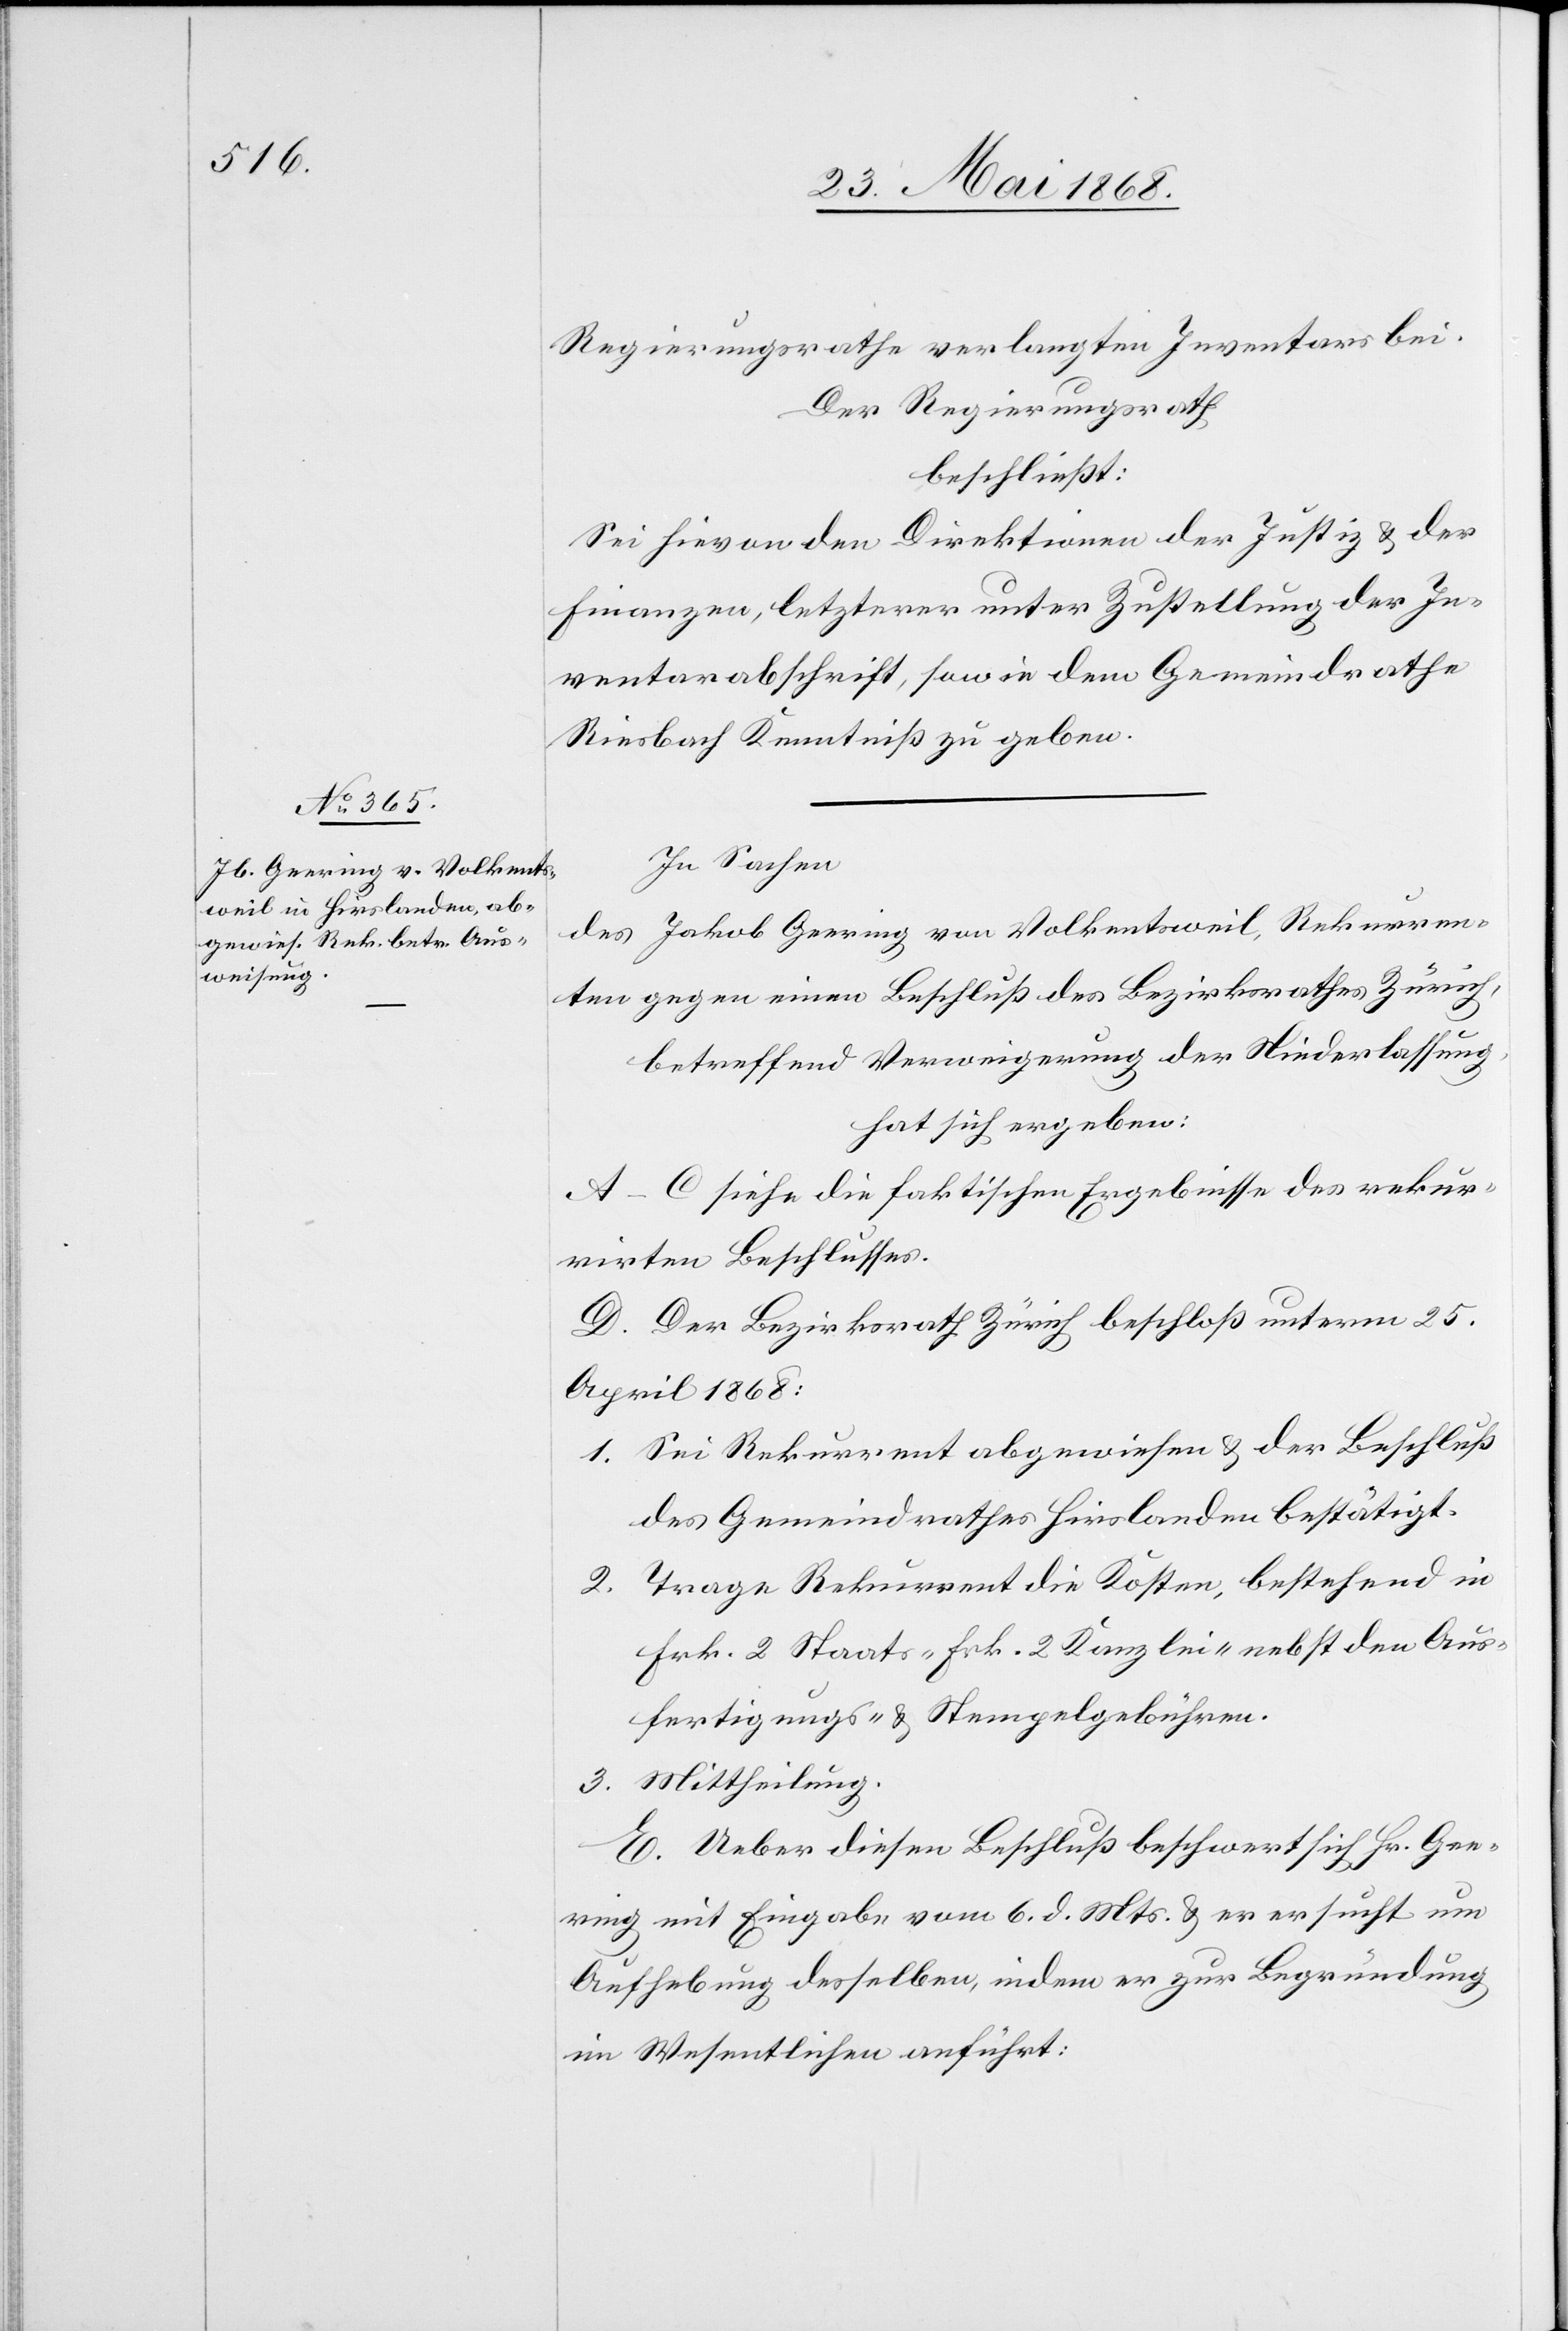
Regierungsrathe verlangten Inventars bei.
Der Regierungsrath
beschließt:
Sei hievon den Direktionen der Justiz & der
Finanzen, letzterer unter Zustellung der In¬
ventarabschrift, sowie dem Gemeindrathe
Riesbach Kenntniß zu geben.
In Sachen
des Jakob Geering von Volkentsweil, Rekurren¬
ten gegen einen Beschluß des Bezirksrathes Zürich,
betreffend Verweigerung der Niederlassung,
hat sich ergeben:
A–C siehe die faktischen Ergebnisse des rekur¬
rirten Beschlusses.
D. Der Bezirksrath Zürich beschloß unterm 25.
April 1868:
Sei Rekurrent abgewiesen & der Beschluß
des Gemeindrathes Hirslanden bestätigt.
Trage Rekurrent die Kosten, bestehend in
Frk. 2 Staats-[,] Frk. 2 Kanzlei-[,] nebst den Aus¬
fertigungs- & Stempelgebühren.
E. Ueber diesen Beschluß beschwert sich Hr. Gee¬
ring mit Eingabe vom 6. d. Mts. & er ersucht um
Aufhebung desselben, indem er zur Begründung
im Wesentlichen anführt: